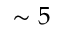
\sim 5